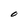
Character: O